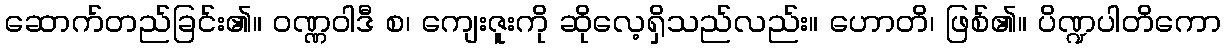
ဆောက်တည်ခြင်း၏။ ဝဏ္ဏဝါဒီ စ၊ ကျေးဇူးကို ဆိုလေ့ရှိသည်လည်း။ ဟောတိ၊ ဖြစ်၏။ ပိဏ္ဍပါတိကော